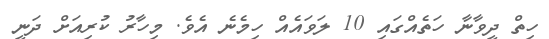
ހިތް ދީވާނާ ހަތެއްގައި 10 ލަވައެއް ހިމެނެ އެވެ. މިހާރު ކުރިއަށް ދަނީ